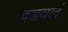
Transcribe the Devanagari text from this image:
दडवलं